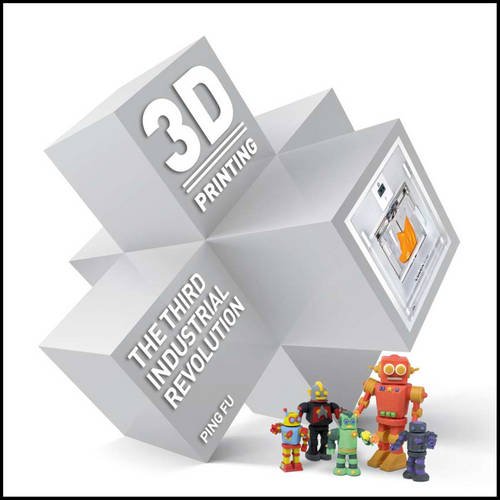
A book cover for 3D Printing; Ping Fu; Computers & Technology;